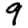
Digit: 9